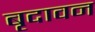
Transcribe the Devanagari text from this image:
बृदावन